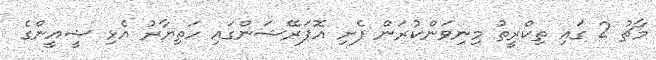
މާޗު 2 ގައި ތިކްރީތު މިނިވަންކުރަން ފެށި އޮޕަރޭޝަންގައި ހަތިޔާރު އެޅި ޝީއީންގެ